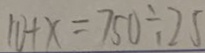
1 0 + x = 7 5 0 \div 2 5